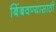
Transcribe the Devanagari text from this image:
बिंबवण्यासाठी